Report on vaccination in Madras 1904-1921 - 1904-1921
Year: 1904
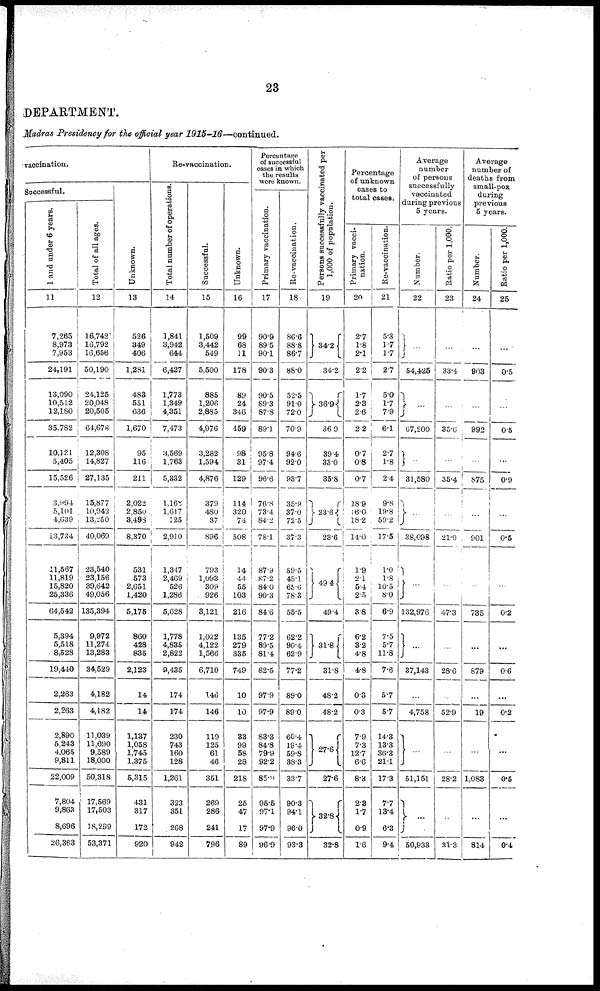
23
DEPARTMENT.
Madras Presidency for the official year 1915-16—continued.
vaccination.
Successful.
1 and under 6 years.
11
7,265
8,973
7,953
24,191
13,090
10,512
12,180
35,782
10,121
5,405
15,526
3,994
5,101
4,639
13,734
11,567
11,819
15,820
25,336
64,542
5,394
5,518
8,528
19,440
2,263
2,263
2,890
5,243
4,065
9,811
22,009
7,804
9,863
8,696
26,363
Total of all ages.
12
16,742
16,792
16,656
50,190
24,125
20,048
20,505
64,678
12,308
14,827
27,135
15,877
10,942
13,250
40,069
23,540
23,156
39,642
49,056
135,394
9,972
11,274
13,283
34,529
4,182
4,182
11,039
11,690
9,589
18,000
50,318
17,569
17,503
18,299
53,371
Unknown.
13
526
349
406
1,281
483
551
636
1,670
95
116
211
2,022
2,850
3,498
8,370
531
573
2,651
1,420
5,175
860
428
835
2,123
14
14
1,137
1,058
1,745
1,375
5,315
431
317
172
920
Re-vaccination.
Total number of operations.
14
1,841
3,942
644
6,427
1,773
1,349
4,351
7,473
3,569
1,763
5,332
1,168
1,617
125
2,910
1,347
2,469
526
1,286
5,628
1,778
4,835
2,822
9,435
174
174
230
743
160
128
1,261
323
351
268
942
Successful.
15
1,509
3,442
549
5,500
885
1,206
2,885
4,976
3,282
1,594
4,876
379
480
37
896
793
1,093
309
926
3,121
1,022
4,122
1,566
6,710
146
146
119
125
61
46
351
269
286
241
796
Unknown.
16
99
68
11
178
89
24
346
459
98
31
129
114
320
74
508
14
44
55
103
216
135
279
335
749
10
10
33
99
58
28
218
25
47
17
89
Percentage
of successful
cases in which
the results
were known.
Primary vaccination.
17
90.9
89.5
90.1
90.3
90.5
89.3
87.8
89.1
95.8
97.4
96.6
76.8
73.4
84.2
78.1
87.9
87.2
84.0
90.3
84.6
77.2
89.5
81.4
82.5
97.9
97.9
83.3
84.8
79.9
92.2
85.2
95.5
97.1
97.9
96.9
Re-vaccination.
18
86.6
88.8
86.7
88.0
52.5
91.0
72.0
70.9
94.6
92.0
93.7
35.9
37.0
72.5
37.3
59.5
45.1
65.6
78.3
55.5
62.2
90.4
62.9
77.2
89.0
89.0
60.4
19.4
59.8
38.3
33.7
90.3
94.1
96.0
93.3
Persons successfully vaccinated per
1,000 of population.
19
34.2
34.2
36.9
36.9
39.4
33.0
35.8
23.6
23.6
49.4
49.4
31.8
31.8
48.2
48.2
27.6
27.6
32.8
32.8
Percentage
of unknown
cases to
total cases.
Primary vacci-
nation.
20
2.7
1.8
2.1
2.2
1.7
2.3
2.6
2.2
0.7
0.8
0.7
18.9
16.0
18.2
14.0
1.9
2.1
5.4
2.5
3.8
6.2
3.2
4.8
4.8
0.3
0.3
7.9
7.3
12.7
6.6
8.3
2.3
1.7
0.9
1.6
Re- vaccination.
21
5.3
1.7
1.7
2.7
5.0
1.7
7.9
6.1
2.7
1.8
2.4
9.8
19.8
59.2
17.5
1.0
1.8
10.5
8.0
6.9
7.5
5.7
11.8
7.6
5.7
5.7
14.3
13.3
36.3
21.1
17.3
7.7
13.4
6.3
9.4
Average
number
of persons
successfully
vaccinated
during previous
5 years.
Number.
22
...
54,425
...
67,200
...
31,580
...
38,098
...
132,976
...
37,143
...
4,758
...
51,151
...
50,933
Ratio per 1,000.
23
...
33.4
...
35.6
...
35.4
...
21.9
...
47.3
...
28.6
...
52.9
...
28.2
...
31.3
Average
number of
deaths from
small-pox
during
previous
5 years.
Number.
24
...
903
...
992
...
875
...
901
...
735
...
879
...
19
...
1,083
...
814
Ratio per 1,000.
25
...
0.5
...
0.5
...
0.9
...
0.5
...
0.2
...
0.6
...
0.2
...
0.5
...
0.4